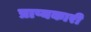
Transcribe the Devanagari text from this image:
प्राप्यकारी